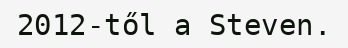
2012-től a Steven.